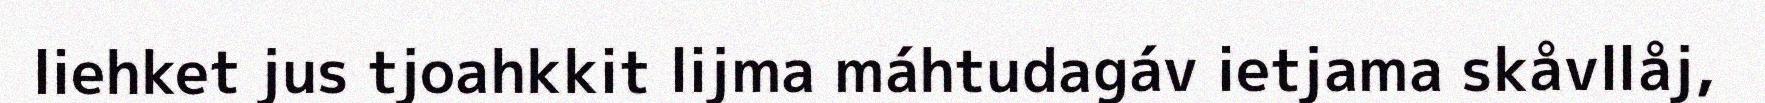
liehket jus tjoahkkit lijma máhtudagáv ietjama skåvllåj,